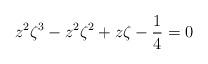
LaTeX: \begin{align*} z^2 \zeta^3 - z^2 \zeta^2 + z \zeta - \frac{1}{4} = 0\end{align*}